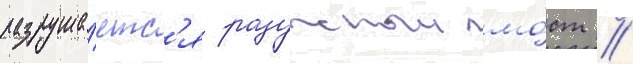
разруша́етс'я радужныи мо́ст //